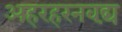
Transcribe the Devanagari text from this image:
अहरहरनवद्यं